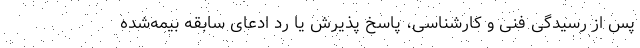
پس از رسیدگی فنی و کارشناسی، پاسخ پذیرش یا رد ادعای سابقه بیمه‌شده